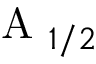
\mathrm { ~ A ~ } _ { 1 / 2 }